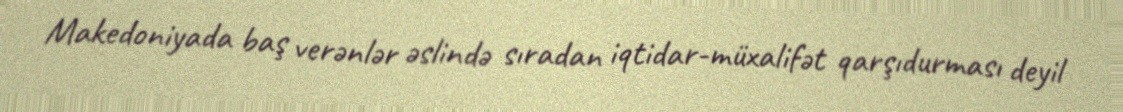
Makedoniyada baş verənlər əslində sıradan iqtidar-müxalifət qarşıdurması deyil